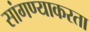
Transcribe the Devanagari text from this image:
सांगण्याकरता